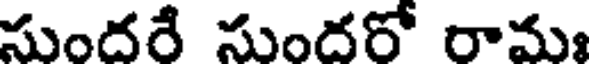
సుందరే సుందరో రామ